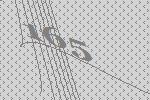
165